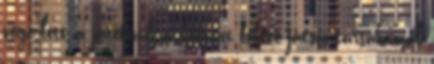
vége lett a játéknak a kedvenc fekete játszó társaimmal